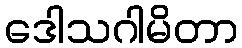
ဒေါသဂါမိတာ